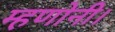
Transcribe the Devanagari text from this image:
म्हणोनी।